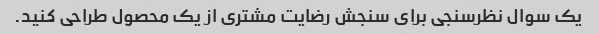
یک سوال نظرسنجی برای سنجش رضایت مشتری از یک محصول طراحی کنید.